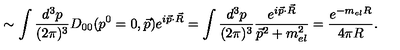
\sim \int \frac { d ^ { 3 } p } { ( 2 \pi ) ^ { 3 } } D _ { 0 0 } ( p ^ { 0 } = 0 , \vec { p } ) e ^ { i \vec { p } \cdot \vec { R } } = \int \frac { d ^ { 3 } p } { ( 2 \pi ) ^ { 3 } } \frac { e ^ { i \vec { p } \cdot \vec { R } } } { \vec { p } ^ { 2 } + m _ { e l } ^ { 2 } } = \frac { e ^ { - m _ { e l } R } } { 4 \pi R } .